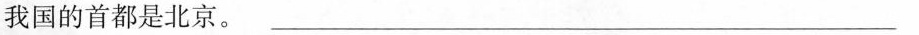
我国的首都是北京。___